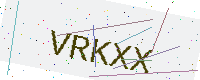
Text: VRKXX